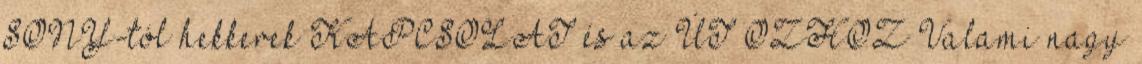
SONY-tól hekkerek KAPCSOLAT és az ÚT OZHOZ Valami nagy